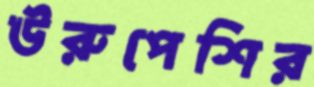
ঊরুপেশির